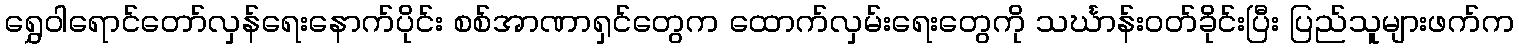
ရွှေဝါရောင်တော်လှန်ရေးနောက်ပိုင်း စစ်အာဏာရှင်တွေက ထောက်လှမ်းရေးတွေကို သင်္ဃာန်းဝတ်ခိုင်းပြီး ပြည်သူများဖက်က